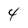
Character: 4